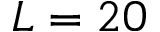
L = 2 0